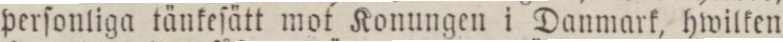
perſonliga tänkeſätt mot Konungen i Danmark, hwilken